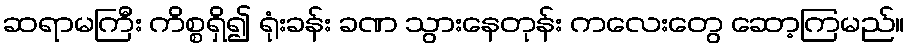
ဆရာမကြီး ကိစ္စရှိ၍ ရုံးခန်း ခဏ သွားနေတုန်း ကလေးတွေ ဆော့ကြမည်။